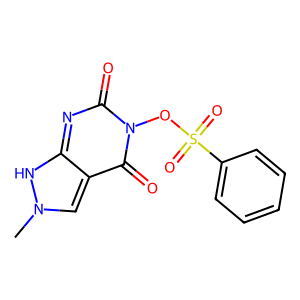
SMILES: Cn1cc2c(=O)n(OS(=O)(=O)c3ccccc3)c(=O)nc-2[nH]1
Inhibits HIV replication: No